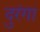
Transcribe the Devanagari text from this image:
दुरंगा